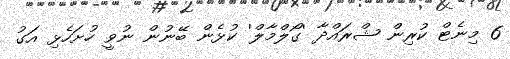
6 މިނެޓް ކުރިން ޝްރައްދާ 'ގޯލްމާލް' ކުޅެން ބޭނުން ނުވީ ހުށަހެޅި އަގު